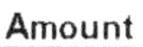
AMOUNT